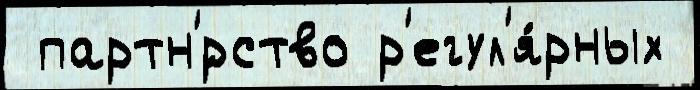
 партн'́рство р'егул'я́рных